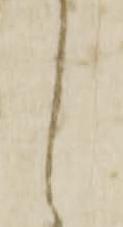
し